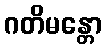
ဂတိမန္တော